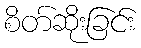
စိတ်ဆိုးခြင်း